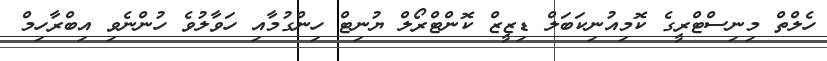
ހެލްތް މިނިސްޓްރީގެ ކޮމިއުނިކަބަލް ޑިޒީޒް ކޮންޓްރޯލް ޔުނިޓް ހިންގުމާއި ހަވާލުވެ ހުންނެވި އިބްރާހިމް